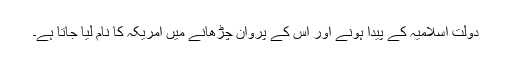
دولت اسلامیہ کے پیدا ہونے اور اس کے پروان چڑھانے میں امریکہ کا نام لیا جاتا ہے۔